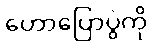
ဟောပြောပွဲကို